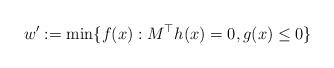
LaTeX: \begin{align*}w':=\min\{f(x): M^\top h(x)=0, g(x)\leq 0\}\end{align*}